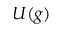
U ( g )